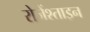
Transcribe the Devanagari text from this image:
रोजेंश्ताइन